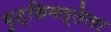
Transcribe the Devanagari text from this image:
बुद्धिमत्तेला